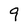
Character: 9